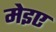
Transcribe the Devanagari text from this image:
मेइए